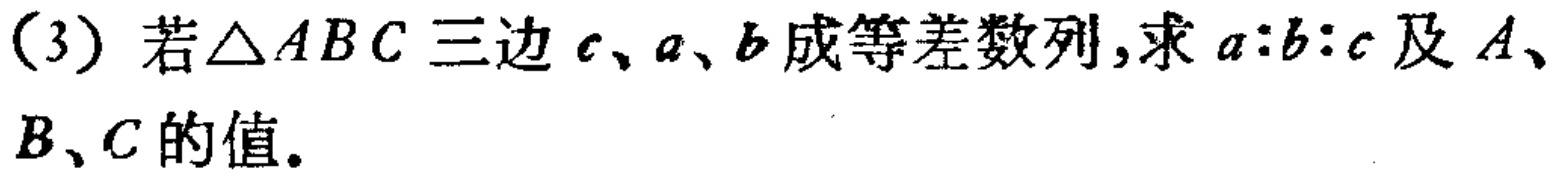
(3) 若\(\triangle ABC\)三边\(c\)、\(a\)、\(b\)成等差数列，求\(a:b:c\)及\(A\)、\(B\)、\(C\)的值。